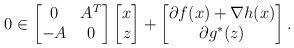
LaTeX: \begin{align*} 0 \in \begin{bmatrix} 0 & A^T \\ -A & 0 \end{bmatrix} \begin{bmatrix} x \\ z \end{bmatrix} + \begin{bmatrix} \partial f(x)+\nabla h(x) \\ \partial g^\ast(z)\end{bmatrix}.\end{align*}